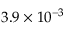
3 . 9 \times 1 0 ^ { - 3 }